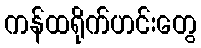
ကန်ထရိုက်ဟင်းတွေ